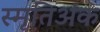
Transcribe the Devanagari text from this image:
स्मृतिअंक